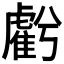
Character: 𧇾